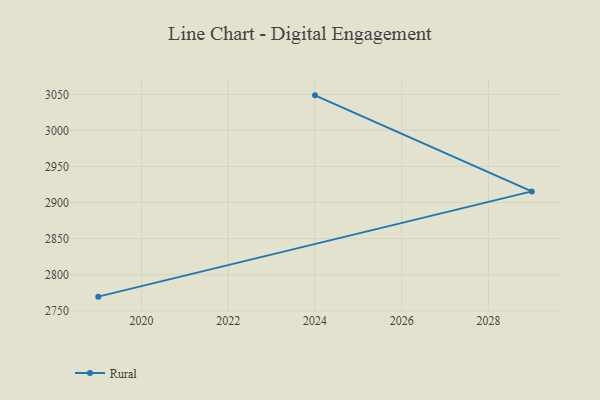
{"axis": {"x": "Year", "y": "Energy Usage (MWh)"}, "legend": ["Rural"], "data": [{"x": "2019", "y": 2769.6, "type": "Rural"}, {"x": "2029", "y": 2915.5, "type": "Rural"}, {"x": "2024", "y": 3048.6, "type": "Rural"}]}